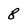
Character: 8